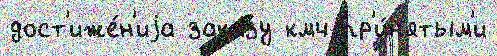
дост'иже́н'иjа зака́зу кмч пр'и́н'ятым'и